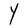
Character: Y